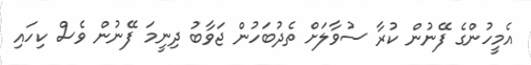
އެމީހުންގެ ފޭނުން ކުރާ ސުވާލަށް ތެދުބަހުން ޖަވާބު ދިނީމަ ފޭނުން ވެސް ކިހައި